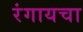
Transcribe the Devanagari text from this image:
रंगायचा